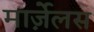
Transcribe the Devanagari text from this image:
मार्ज़ेलस